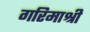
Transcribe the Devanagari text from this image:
गरिमाश्री